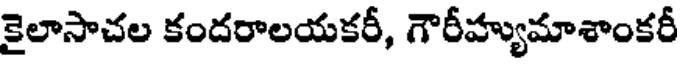
కైలాసాచల కందరాలయకరీ, గౌరీహ్యుమాశాంకరీ